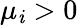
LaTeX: \mu_{\mathit{i}}>0